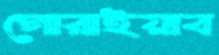
গোরাইয়াব